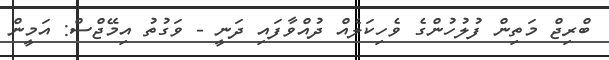
ބްރިޖް މަތިން ފުލުހުންގެ ވެހިކަލެއް ދުއްވާފައި ދަނީ - ވަގުތު އިމޭޖްސް: އަމީން